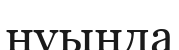
нуында